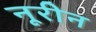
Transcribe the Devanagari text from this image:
नूरीन